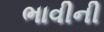
ભાવીની